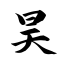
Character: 昊